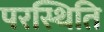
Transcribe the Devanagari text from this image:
परस्थिति